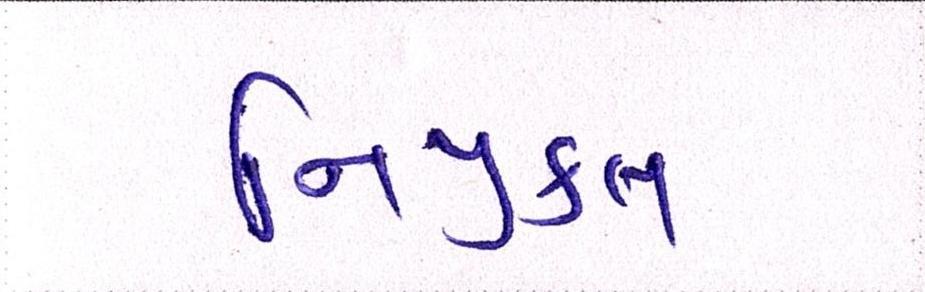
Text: નિયુકત